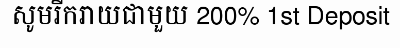
សូមរីករាយជាមួយ 200% 1st Deposit